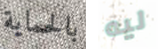
بالحماية ليه